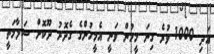
އަދި 1000 ވުރެ ގިނަ މީހުން ވަނީ އެމީހުންގެ ގެދޮރު ދޫކޮށް ސަލާމަތީ